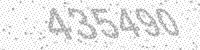
Solution: 435490